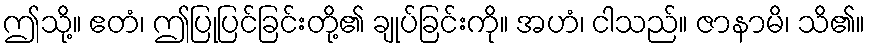
ဤသို့။ ဧတံ၊ ဤပြုပြင်ခြင်းတို့၏ ချုပ်ခြင်းကို။ အဟံ၊ ငါသည်။ ဇာနာမိ၊ သိ၏။